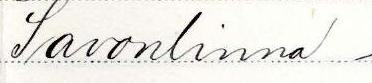
Savonlinna